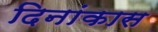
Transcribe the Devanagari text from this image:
दिनांकास